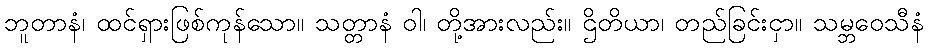
ဘူတာနံ၊ ထင်ရှားဖြစ်ကုန်သော။ သတ္တာနံ ဝါ၊ တို့အားလည်း။ ဌိတိယာ၊ တည်ခြင်းငှာ။ သမ္ဘဝေသီနံ